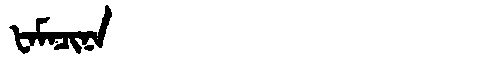
Manchu: ᡶᠠᠮᠠᠴᡳᠨᠠ
Romanization: FAMACINA